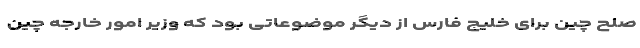
صلح چین برای خلیج فارس از دیگر موضوعاتی بود که وزیر امور خارجه چین